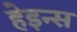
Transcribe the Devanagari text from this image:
हेइन्स